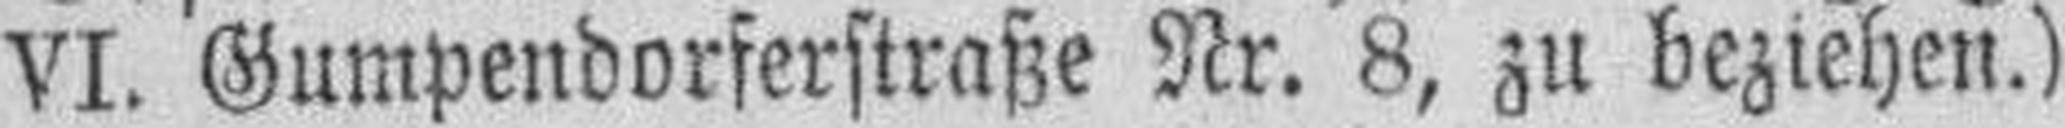
VI. Gumpendorferstraße Nr. 8, zu beziehen.)